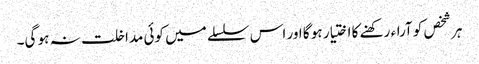
ہر شخص کو آراء رکھنے کا اختیار ہو گا اور اس سلسلے میں کوئی مداخلت نہ ہو گی۔